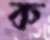
ক